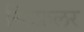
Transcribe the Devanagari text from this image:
स्टिफ़लर